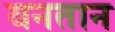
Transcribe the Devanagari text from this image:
बनतान